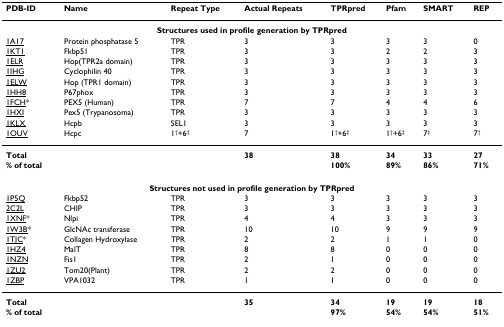
<table><thead><tr><td><b>PDB-ID</b></td><td><b>Name</b></td><td><b>Repeat Type</b></td><td><b>Actual Repeats</b></td><td><b>TPRpred</b></td><td><b>Pfam</b></td><td><b>SMART</b></td><td><b>REP</b></td></tr></thead><tbody><tr><td colspan="8"><b>Structures used in profile generation by TPRpred</b></td></tr><tr><td>1A17</td><td>Protein phosphatase 5</td><td>TPR</td><td>3</td><td>3</td><td>3</td><td>3</td><td>0</td></tr><tr><td>1KT1</td><td>Fkbp51</td><td>TPR</td><td>3</td><td>3</td><td>2</td><td>2</td><td>3</td></tr><tr><td>1ELR</td><td>Hop(TPR2a domain)</td><td>TPR</td><td>3</td><td>3</td><td>3</td><td>3</td><td>3</td></tr><tr><td>1IHG</td><td>Cyclophilin 40</td><td>TPR</td><td>3</td><td>3</td><td>3</td><td>3</td><td>3</td></tr><tr><td>1ELW</td><td>Hop (TPR1 domain)</td><td>TPR</td><td>3</td><td>3</td><td>3</td><td>3</td><td>3</td></tr><tr><td>1HH8</td><td>P67phox</td><td>TPR</td><td>3</td><td>3</td><td>3</td><td>3</td><td>3</td></tr><tr><td>1FCH*</td><td>PEX5 (Human)</td><td>TPR</td><td>7</td><td>7</td><td>4</td><td>4</td><td>6</td></tr><tr><td>1HXI</td><td>Pex5 (Trypanosoma)</td><td>TPR</td><td>3</td><td>3</td><td>3</td><td>3</td><td>3</td></tr><tr><td>1KLX</td><td>Hcpb</td><td>SEL1</td><td>3</td><td>3</td><td>3</td><td>3</td><td>3</td></tr><tr><td>1OUV</td><td>Hcpc</td><td>1<sup>†</sup>+6<sup>‡</sup></td><td>7</td><td>1<sup>†</sup>+6<sup>‡</sup></td><td>1<sup>†</sup>+6<sup>‡</sup></td><td>7<sup>‡</sup></td><td>7<sup>†</sup></td></tr><tr><td><b>Total</b></td><td></td><td></td><td><b>38</b></td><td><b>38</b></td><td><b>34</b></td><td><b>33</b></td><td><b>27</b></td></tr><tr><td><b>% of total</b></td><td></td><td></td><td></td><td><b>100%</b></td><td><b>89%</b></td><td><b>86%</b></td><td><b>71%</b></td></tr><tr><td colspan="8"><b>Structures not used in profile generation by TPRpred</b></td></tr><tr><td>1P5Q</td><td>Fkbp52</td><td>TPR</td><td>3</td><td>3</td><td>3</td><td>3</td><td>3</td></tr><tr><td>2C2L</td><td>CHIP</td><td>TPR</td><td>3</td><td>3</td><td>3</td><td>3</td><td>3</td></tr><tr><td>1XNF*</td><td>Nlpi</td><td>TPR</td><td>4</td><td>4</td><td>3</td><td>3</td><td>3</td></tr><tr><td>1W3B*</td><td>GlcNAc transferase</td><td>TPR</td><td>10</td><td>10</td><td>9</td><td>9</td><td>9</td></tr><tr><td>1TJC*</td><td>Collagen Hydroxylase</td><td>TPR</td><td>2</td><td>2</td><td>1</td><td>1</td><td>0</td></tr><tr><td>1HZ4</td><td>MalT</td><td>TPR</td><td>8</td><td>8</td><td>0</td><td>0</td><td>0</td></tr><tr><td>1NZN</td><td>Fis1</td><td>TPR</td><td>2</td><td>1</td><td>0</td><td>0</td><td>0</td></tr><tr><td>1ZU2</td><td>Tom20(Plant)</td><td>TPR</td><td>2</td><td>2</td><td>0</td><td>0</td><td>0</td></tr><tr><td>1ZBP</td><td>VPA1032</td><td>TPR</td><td>1</td><td>1</td><td>0</td><td>0</td><td>0</td></tr><tr><td><b>Total</b></td><td></td><td></td><td><b>35</b></td><td><b>34</b></td><td><b>19</b></td><td><b>19</b></td><td><b>18</b></td></tr><tr><td><b>% of total</b></td><td></td><td></td><td></td><td><b>97%</b></td><td><b>54%</b></td><td><b>54%</b></td><td><b>51%</b></td></tr></tbody></table>